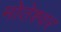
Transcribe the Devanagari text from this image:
मोतेश्वर